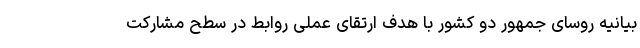
بیانیه روسای جمهور دو کشور با هدف ارتقای عملی روابط در سطح مشارکت